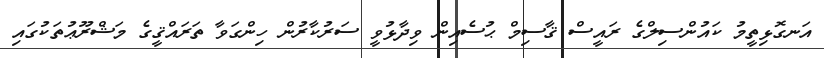
އަނގޮޅިތީމު ކައުންސިލްގެ ރައީސް ޤާސިމް ޙުސެއިން ވިދާޅުވީ ސަރުކާރުން ހިންގަވާ ތަރައްޤީގެ މަޝްރޫޢުތަކުގައި